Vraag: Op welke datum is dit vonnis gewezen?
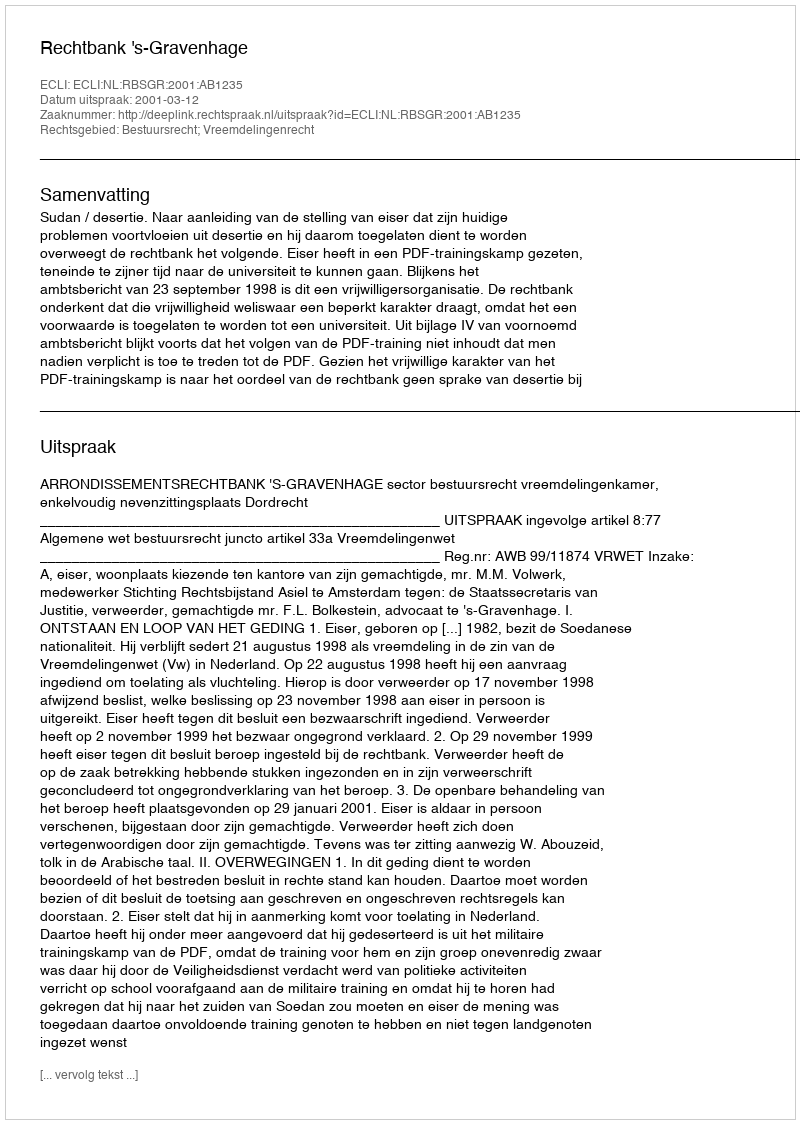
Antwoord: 2001-03-12